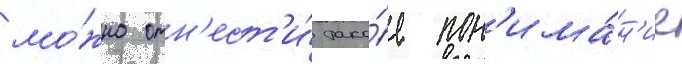
мо́жно отн'ест'и́ тако́е пон'има́н'ие